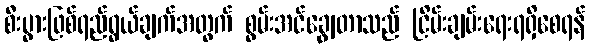
စီးပွားဖြစ်ရည်ရွယ်ချက်အတွက် စွမ်းအင်ချွေတာသည် ငြိမ်းချမ်းရေးရရှိစေရန်